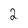
Character: 2